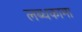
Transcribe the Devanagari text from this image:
लब्धकामा